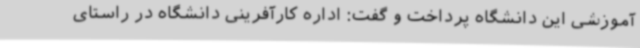
آموزشی این دانشگاه پرداخت و گفت: اداره کارآفرینی دانشگاه در راستای